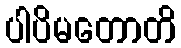
ပါပိမတောတိ